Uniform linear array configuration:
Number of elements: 8
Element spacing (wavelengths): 0.5
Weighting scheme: binomial
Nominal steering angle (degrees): -45
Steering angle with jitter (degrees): -46.796
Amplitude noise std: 0.05
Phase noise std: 0.05

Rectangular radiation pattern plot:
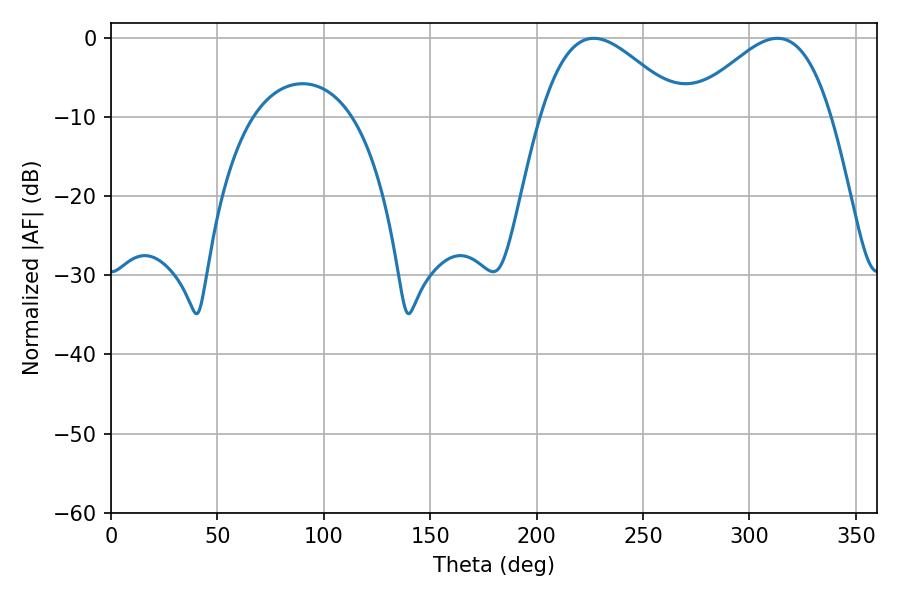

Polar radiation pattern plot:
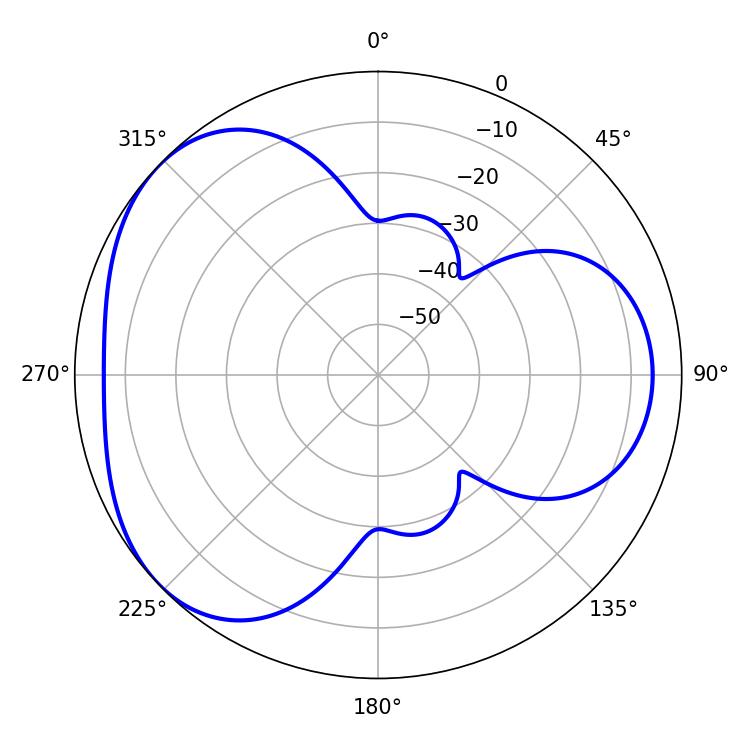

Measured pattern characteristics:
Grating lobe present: FALSE
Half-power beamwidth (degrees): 35.82
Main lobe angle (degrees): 226.8